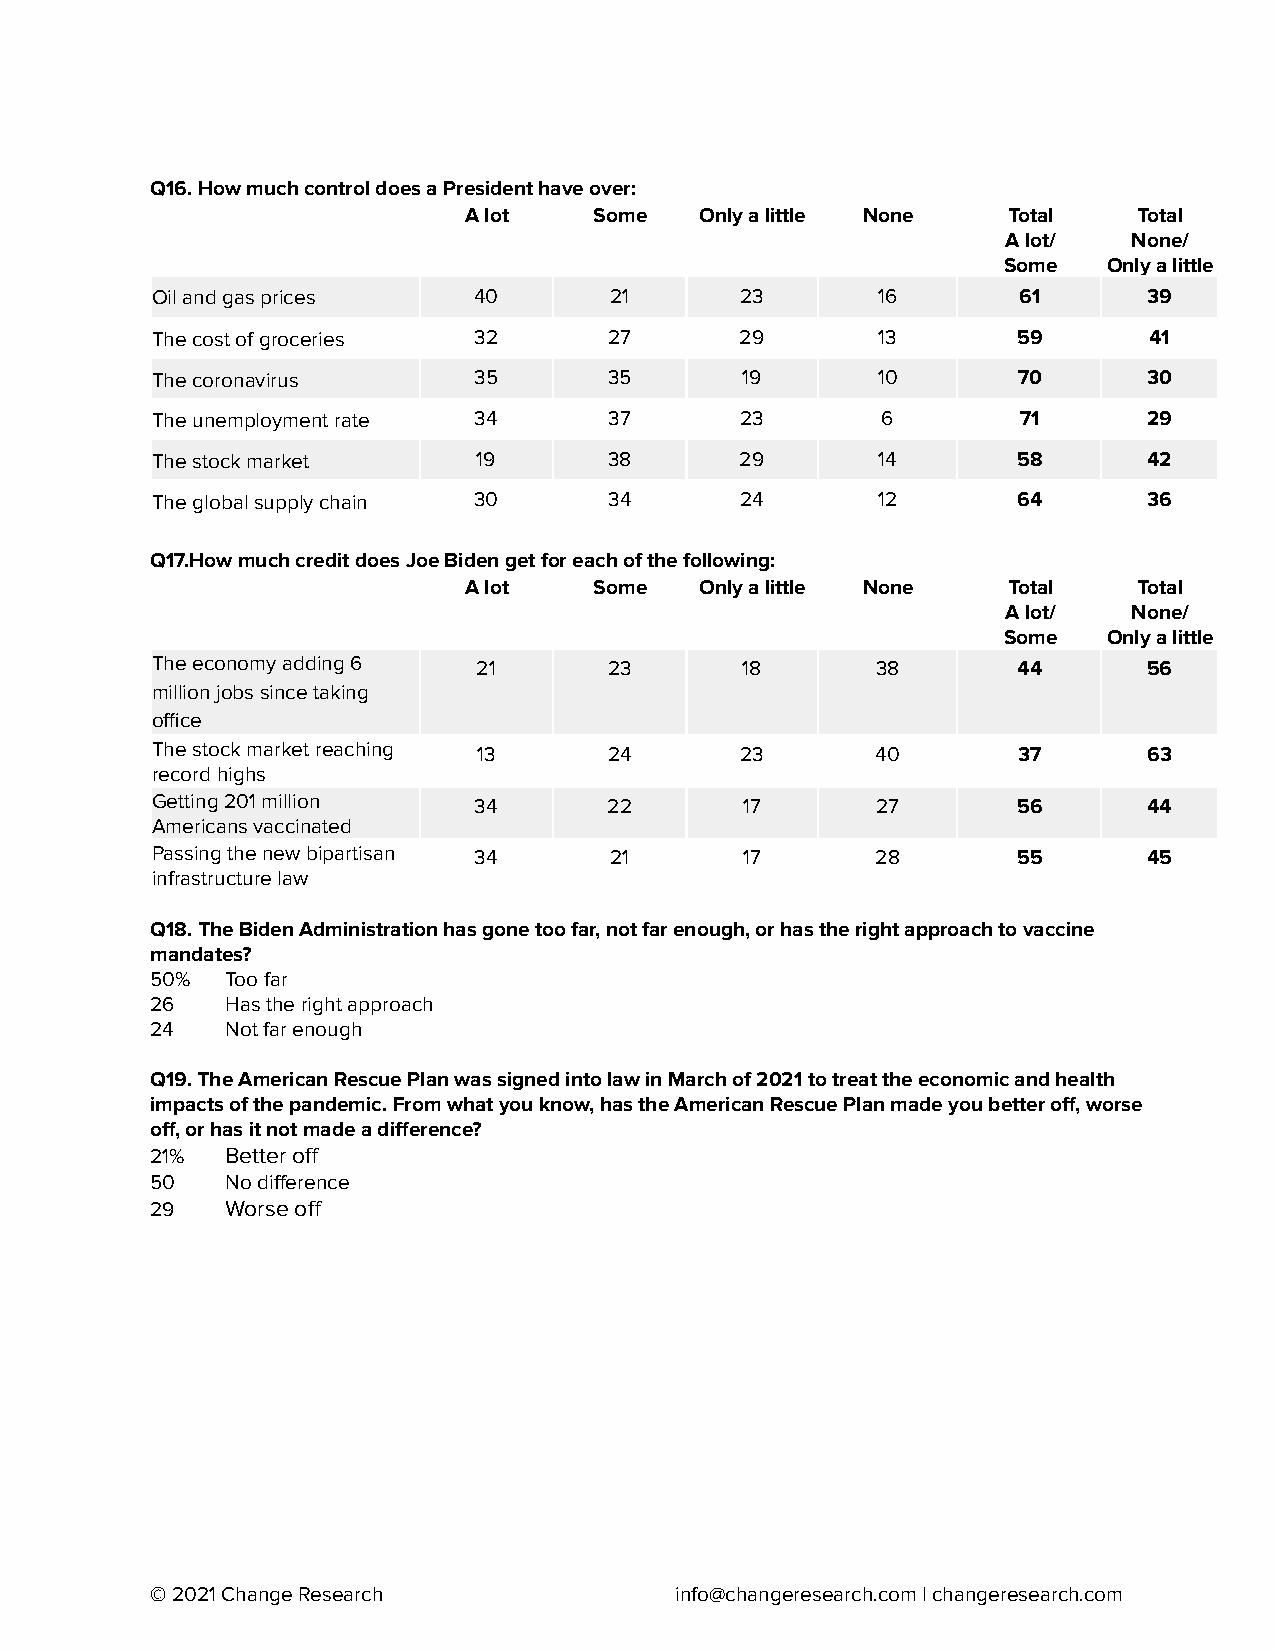
Q16. How much control does a President have over:
 A lot   Some   Only a little None   Total   Total
 A lot/  None/
 Some   Only a little
 Oil and gas prices   40       21       23       16       61       39
 The cost of groceries 32      27       29       13       59       41
 The coronavirus      35       35       19       10       70       30
 The unemployment rate 34      37       23       6         71      29
 The stock market      19      38       29       14       58       42
 The global supply chain 30    34       24       12       64       36
 Q17.How much credit does Joe Biden get for each of the following:
 A lot   Some   Only a little None   Total   Total
 A lot/  None/
 Some   Only a little
 The economy adding 6  21      23       18       38       44       56
 million jobs since taking
 office
 The stock market reaching 13  24       23       40       37       63
 record highs
 Getting 201 million  34       22       17       27       56       44
 Americans vaccinated
 Passing the new bipartisan 34 21       17       28       55       45
 infrastructure law
 Q18. The Biden Administration has gone too far, not far enough, or has the right approach to vaccine
 mandates?
 50%  Too far
 26   Has the right approach
 24   Not far enough
 Q19. The American Rescue Plan was signed into law in March of 2021 to treat the economic and health
 impacts of the pandemic. From what you know, has the American Rescue Plan made you better off, worse
 off, or has it not made a difference?
 21%  Better off
 50   No difference
 29   Worse off
 © 2021 Change Research             info@changeresearch.com| changeresearch.com